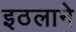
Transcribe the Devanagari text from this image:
इठलाने